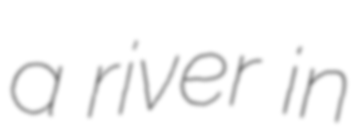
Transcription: a river in